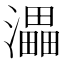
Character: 㵽